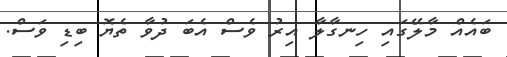
ބައެއް މާލޭގައި ހިނގާލާ އިރު ވެސް އެބަ ދުވާ ތެޔޮ ބިޑި ވަސް.